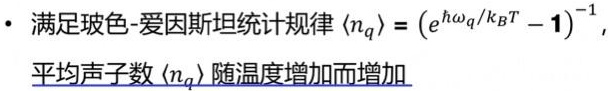
- 满足玻色 - 爱因斯坦统计规律 $\langle n_q \rangle = (e^{\hbar\omega_q/k_B T} - 1)^{-1}$，
平均声子数 $\langle n_q \rangle$ 随温度增加而增加